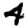
Digit: 4